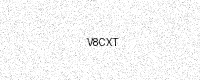
Text: V8CXT